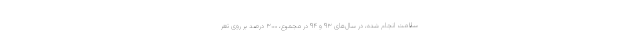
سلامت انجام شده، در سال‌های ۹۳ و ۹۴ در مجموع، ۳۰۰ درصد بر روی تعر